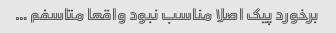
برخورد پیک اصلا مناسب نبود واقعا متاسفم …